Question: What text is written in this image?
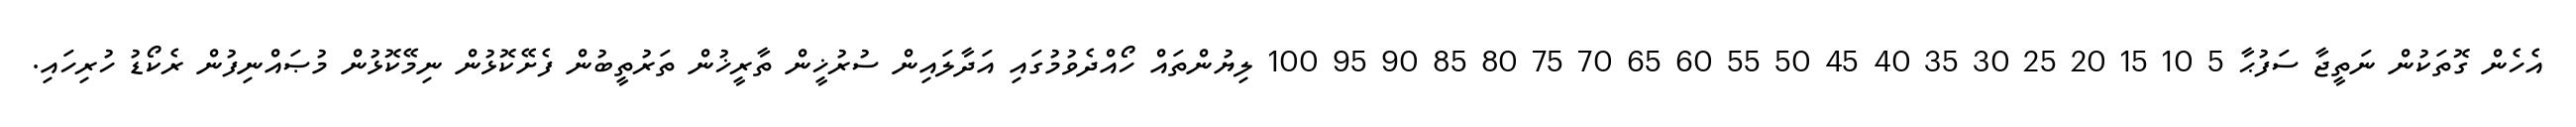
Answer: އެހެން ގޮތަކުން ނަތީޖާ ސަފުޙާ 5 10 15 20 25 30 35 40 45 50 55 60 65 70 75 80 85 90 95 100 ލިޔުންތައް ހޯއްދެވުމުގައި އަދާލައިން ސުރުޚީން ތާރީޚުން ތަރުތީބުން ފެށޭކޮޅުން ނިމޭކޮޅުން މުޞައްނިފުން ރެކޯޑު ހުރިހައި.